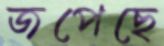
জপেছে